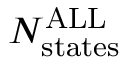
N _ { \mathrm { s t a t e s } } ^ { \mathrm { A L L } }